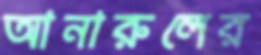
আনারুলের